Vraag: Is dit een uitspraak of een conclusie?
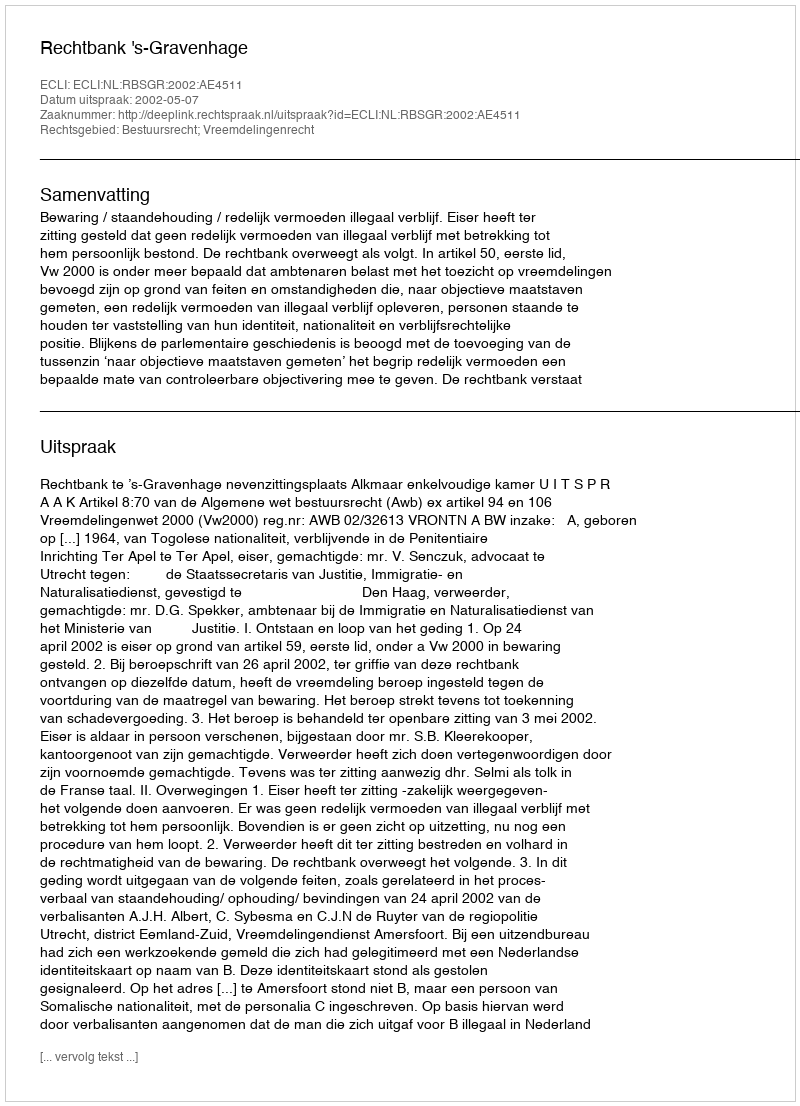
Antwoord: Uitspraak